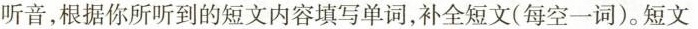
听音，根据你所听到的短文内容填写单词，补全短文（每空一词）。短文